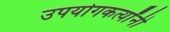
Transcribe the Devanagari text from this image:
उपयोगकर्त्यांनी